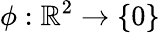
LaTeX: \phi:\mathbb{R}^{2}\rightarrow\{ 0\}